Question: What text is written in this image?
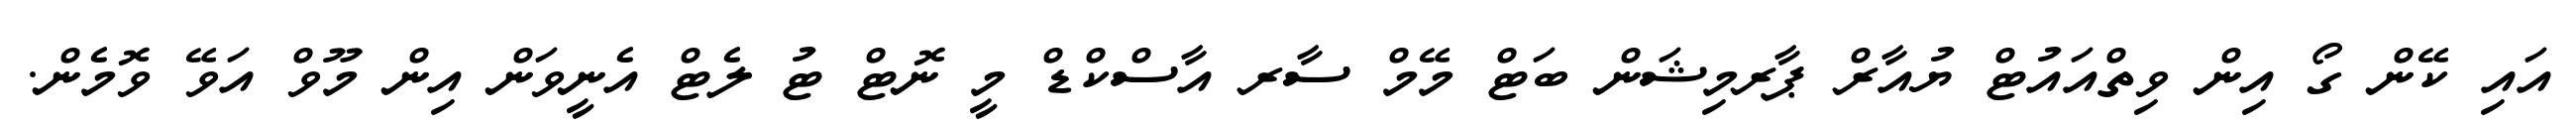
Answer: އައި ކޭން ގޯ އިން ވިތްއައުޓް ޔުއާރް ޕާރމިޝަން ބަޓް މޭމް ސާރ އާސްކްޑް މީ ނޮޓް ޓު ލެޓް އެނީވަން އިން މޫވް އަވޭ ވޮމެން.